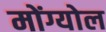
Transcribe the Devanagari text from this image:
मोंग्योल